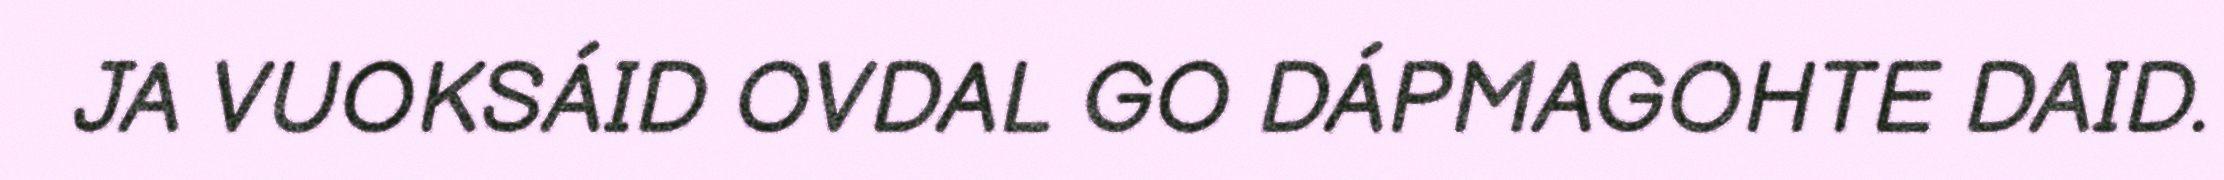
JA VUOKSÁID OVDAL GO DÁPMAGOHTE DAID.